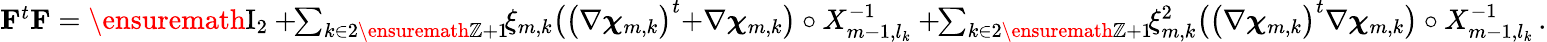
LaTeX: \begin{array}{r}{\mathbf{F}^{t}\mathbf{F}=\ensuremath{\mathrm{I}_{2}}+\! \! \sum_{k\in 2\ensuremath{\mathbb{Z}}+1}\! \! \xi_{m,k}\bigl(\bigl(\nabla{\boldsymbol{\chi}}_{m,k}\bigr)^{t}{+}\nabla{\boldsymbol{\chi}}_{m,k}\bigr)\circ X_{m-1,l_{k}}^{-1}+\! \! \sum_{k\in 2\ensuremath{\mathbb{Z}}+1}\! \! \xi_{m,k}^{2}\bigl(\bigl(\nabla{\boldsymbol{\chi}}_{m,k}\bigr)^{t}\nabla{\boldsymbol{\chi}}_{m,k}\bigr)\circ X_{m-1,l_{k}}^{-1}\, .}\end{array}